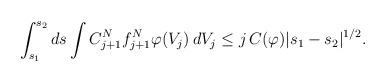
LaTeX: \begin{align*}\int_{s_1} ^{s_2}ds\int C_{j+1}^N f_{j+1}^N\varphi(V_j)\,dV_j\leq j \, C(\varphi) |s_1-s_2|^{1/2}.\end{align*}